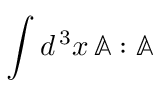
\int d ^ { \, 3 } x \, \mathbb { A } : \mathbb { A }